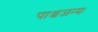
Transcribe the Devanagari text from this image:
पाञ्चजन्यः